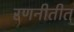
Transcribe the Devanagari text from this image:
रणनीतीत